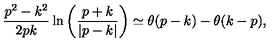
{ \frac { p ^ { 2 } - k ^ { 2 } } { 2 p k } } \ln \left( { \frac { p + k } { \left| p - k \right| } } \right) \simeq \theta ( p - k ) - \theta ( k - p ) ,